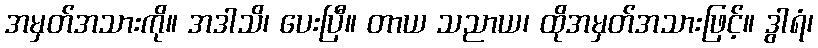
အမှတ်အသားကို။ အဒါသိ၊ ပေးပြီ။ တာယ သညာယ၊ ထိုအမှတ်အသားဖြင့်။ ဒွါရံ၊